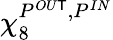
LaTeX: \chi_{8}^{P^{OU\mathsf{T}},P^{IN}}